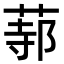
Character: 𦵟